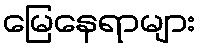
မြေနေရာများ